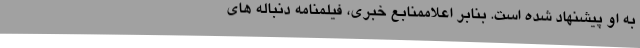
به او پیشنهاد شده است. بنابر اعلاممنابع خبری، فیلمنامه دنباله های